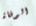
الوفاة